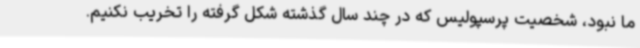
ما نبود، شخصیت پرسپولیس که در چند سال گذشته شکل گرفته را تخریب نکنیم.